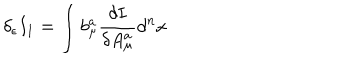
LaTeX: \delta _ { \epsilon } I _ { 1 } = \int b _ { \mu } ^ { a } \frac { \delta I } { \delta A _ { \mu } ^ { a } } d ^ { n } x